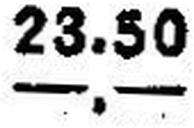
—.—